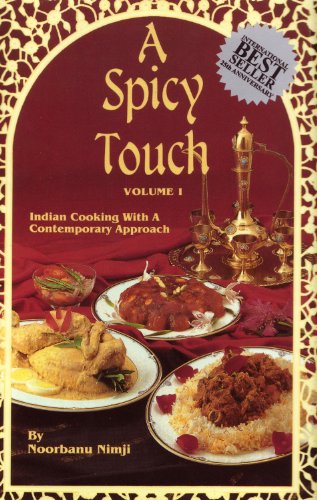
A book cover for A Spicy Touch, Vol. 1: Indian Cooking with a Contemporary Approach; Noorbanu Nimji; Cookbooks, Food & Wine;